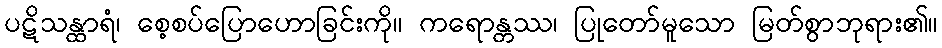
ပဋိသန္ထာရံ၊ စေ့စပ်ပြောဟောခြင်းကို။ ကရောန္တဿ၊ ပြုတော်မူသော မြတ်စွာဘုရား၏။